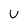
Character: v